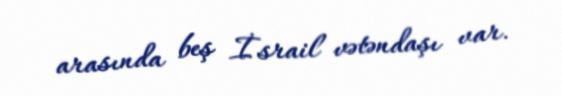
arasında beş İsrail vətəndaşı var.